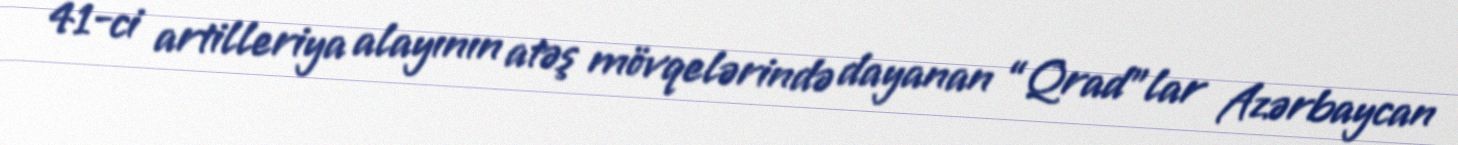
41-ci artilleriya alayının atəş mövqelərində dayanan “Qrad”lar Azərbaycan